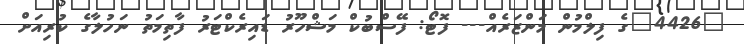
"4426"ގެ ފިލްމުން މަންޒަރެއް--- ފޮޓޯ: ފޭސްބުކް މަޝްހޫރު ޑައިރެކްޓަރު ފާތިމަތު ނަހުލާގެ ކުރިއަށް